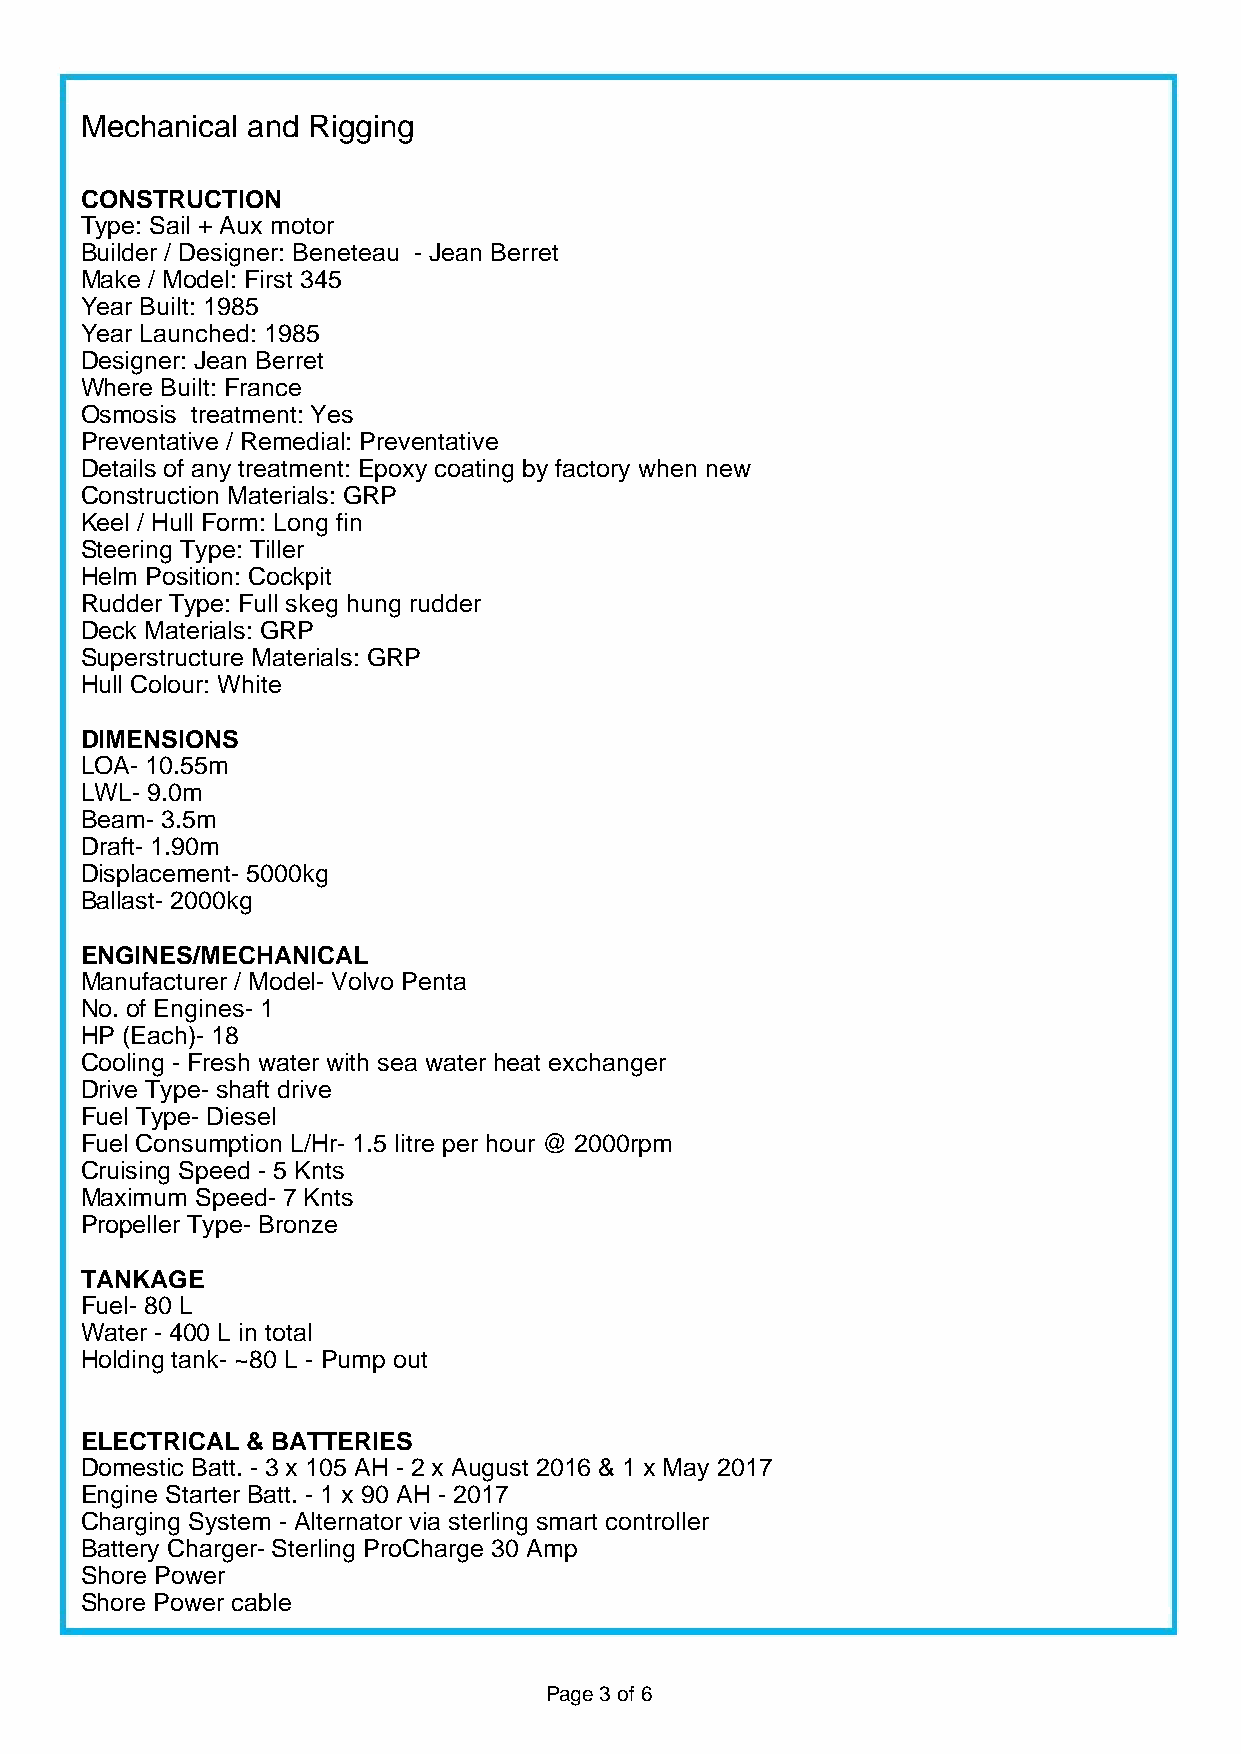
Mechanical and Rigging
 CONSTRUCTION
 Type: Sail + Aux motor
 Builder / Designer: Beneteau - Jean Berret
 Make / Model: First 345
 Year Built: 1985
 Year Launched: 1985
 Designer: Jean Berret
 Where Built: France
 Osmosis treatment: Yes
 Preventative / Remedial: Preventative
 Details of any treatment: Epoxy coating by factory when new
 Construction Materials: GRP
 Keel / Hull Form: Long fin
 Steering Type: Tiller
 Helm Position: Cockpit
 Rudder Type: Full skeg hung rudder
 Deck Materials: GRP
 Superstructure Materials: GRP
 Hull Colour: White
 DIMENSIONS
 LOA- 10.55m
 LWL- 9.0m
 Beam- 3.5m
 Draft- 1.90m
 Displacement- 5000kg
 Ballast- 2000kg
 ENGINES/MECHANICAL
 Manufacturer / Model- Volvo Penta
 No. of Engines- 1
 HP (Each)- 18
 Cooling - Fresh water with sea water heat exchanger
 Drive Type- shaft drive
 Fuel Type- Diesel
 Fuel Consumption L/Hr- 1.5 litre per hour @ 2000rpm
 Cruising Speed - 5 Knts
 Maximum Speed- 7 Knts
 Propeller Type- Bronze
 TANKAGE
 Fuel- 80 L
 Water - 400 L in total
 Holding tank- ~80 L - Pump out
 ELECTRICAL & BATTERIES
 Domestic Batt. - 3 x 105 AH - 2 x August 2016 & 1 x May 2017
 Engine Starter Batt. - 1 x 90 AH - 2017
 Charging System - Alternator via sterling smart controller
 Battery Charger- Sterling ProCharge 30 Amp
 Shore Power
 Shore Power cable
 Page 3 of 6